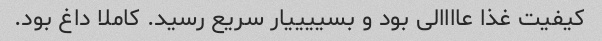
کیفیت غذا عاااالی بود و بسییییار سریع رسید. کاملا داغ بود.